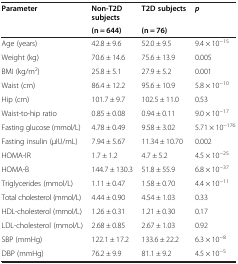
| Parameter | Non-T2D subjects | T2D subjects | p |
 |  | (n = 644) | (n = 76) |  |
 | --- | --- | --- | --- |
 | Age (years) | 42.8 ± 9.6 | 52.0 ± 9.5 | 9.4 × 10−15 |
 | Weight (kg) | 70.6 ± 14.6 | 75.6 ± 13.9 | 0.005 |
 | BMI (kg/m2) | 25.8 ± 5.1 | 27.9 ± 5.2 | 0.001 |
 | Waist (cm) | 86.4 ± 12.2 | 95.6 ± 10.9 | 5.8 × 10−10 |
 | Hip (cm) | 101.7 ± 9.7 | 102.5 ± 11.0 | 0.53 |
 | Waist-to-hip ratio | 0.85 ± 0.08 | 0.94 ± 0.11 | 9.0 × 10−17 |
 | Fasting glucose (mmol/L) | 4.78 ± 0.49 | 9.58 ± 3.02 | 5.71 × 10−176 |
 | Fasting insulin (μIU/mL) | 7.94 ± 5.67 | 11.34 ± 10.70 | 0.002 |
 | HOMA-IR | 1.7 ± 1.2 | 4.7 ± 5.2 | 4.5 × 10−25 |
 | HOMA-B | 144.7 ± 130.3 | 51.8 ± 55.9 | 6.8 × 10−37 |
 | Triglycerides (mmol/L) | 1.11 ± 0.47 | 1.58 ± 0.70 | 4.4 × 10−11 |
 | Total cholesterol (mmol/L) | 4.44 ± 0.90 | 4.54 ± 1.03 | 0.33 |
 | HDL-cholesterol (mmol/L) | 1.26 ± 0.31 | 1.21 ± 0.30 | 0.17 |
 | LDL-cholesterol (mmol/L) | 2.68 ± 0.85 | 2.67 ± 1.03 | 0.92 |
 | SBP (mmHg) | 122.1 ± 17.2 | 133.6 ± 22.2 | 6.3 × 10−8 |
 | DBP (mmHg) | 76.2 ± 9.9 | 81.1 ± 9.2 | 4.5 × 10−5 |